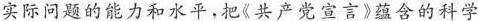
实际问题的能力和水平，把《共产党宣言》蕴含的科学